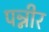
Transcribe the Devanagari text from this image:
पन्नीर